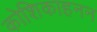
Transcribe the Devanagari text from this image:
कोशिकाहनन